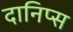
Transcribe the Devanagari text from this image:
दानिप्स